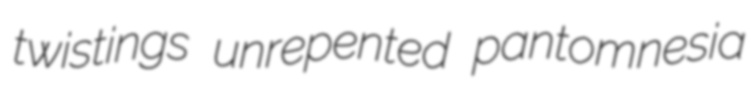
twistings unrepented pantomnesia